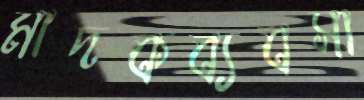
মাদকব্যবসা